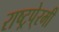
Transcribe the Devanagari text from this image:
राष्ट्रपे्रमी